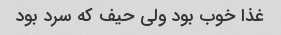
غذا خوب بود ولی حیف که سرد بود